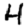
Digit: 4